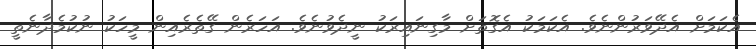
އެކަމަށް އެދޭވަރުންނެވެ. އެކަމަކު އެގޮތަށް މާގިނައިރަކު ނީދެވުނެވެ. އަހަރެން ގޭތެރެއިން މީހަކު ނުކުމެދާނެތީ